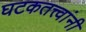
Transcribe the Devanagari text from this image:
घटकतत्त्वांनी